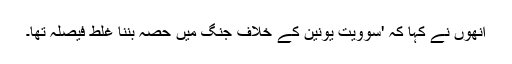
انھوں نے کہا کہ 'سوویت یونین کے خلاف جنگ میں حصہ بننا غلط فیصلہ تھا۔